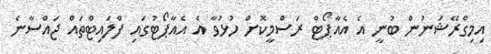
އިމިގްރޭޝަނުން ބުނީ އެ އެއާޕޯޓް ރަސްމީކޮށް ހުޅުވާ އެ އެއާޕޯޓުގައި ފްލައިޓްތައް ޖައްސާނެ